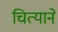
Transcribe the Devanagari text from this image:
चित्याने